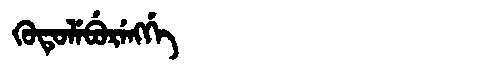
Manchu: ᡴᡠᡨᡠᠯᡝᠪᡠᡵᡝᠩᡤᡝ
Romanization: KUTULEBURENGGE